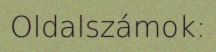
Oldalszámok: